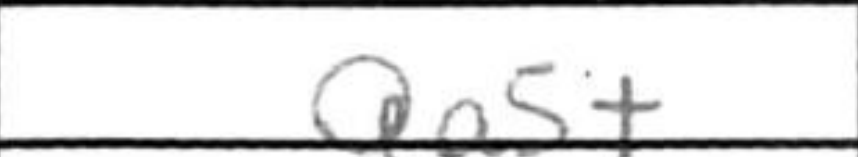
Transcription: Qa5+